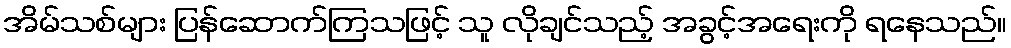
အိမ်သစ်များ ပြန်ဆောက်ကြသဖြင့် သူ လိုချင်သည့် အခွင့်အရေးကို ရနေသည်။